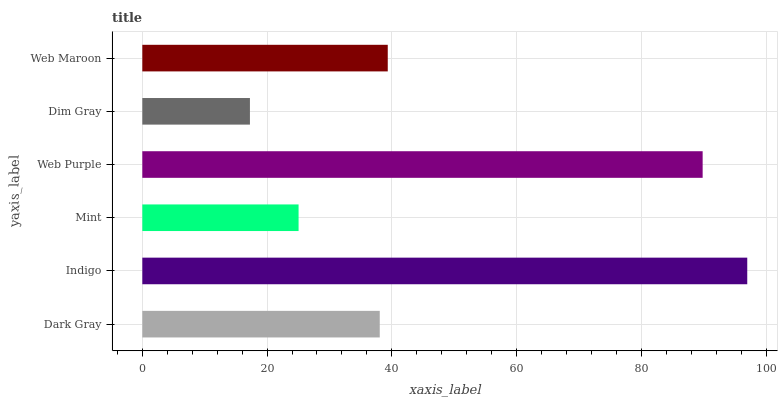
| yaxis_label | bars |
 | --- | --- |
 | Dark Gray | 38.1 |
 | Indigo | 97 |
 | Mint | 25.1 |
 | Web Purple | 89.8 |
 | Dim Gray | 17.3 |
 | Web Maroon | 39.3 |